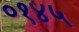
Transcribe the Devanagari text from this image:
०१४५